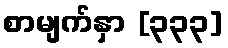
စာမျက်နှာ [၃၃၃]